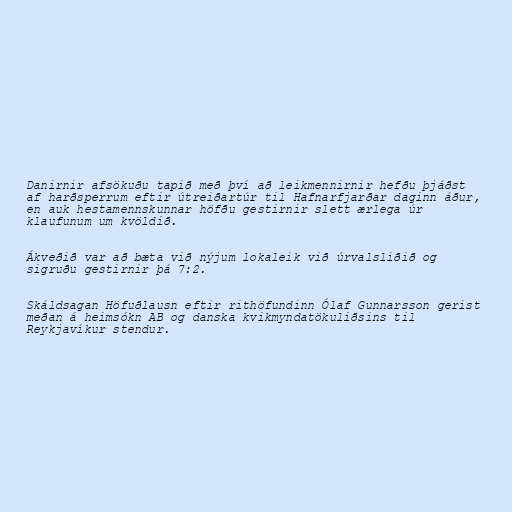
Danirnir afsökuðu tapið með því að leikmennirnir hefðu þjáðst
af harðsperrum eftir útreiðartúr til Hafnarfjarðar daginn áður,
en auk hestamennskunnar höfðu gestirnir slett ærlega úr
klaufunum um kvöldið.

Ákveðið var að bæta við nýjum lokaleik við úrvalsliðið og
sigruðu gestirnir þá 7:2.

Skáldsagan Höfuðlausn eftir rithöfundinn Ólaf Gunnarsson gerist
meðan á heimsókn AB og danska kvikmyndatökuliðsins til
Reykjavíkur stendur.